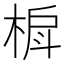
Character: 𬃐